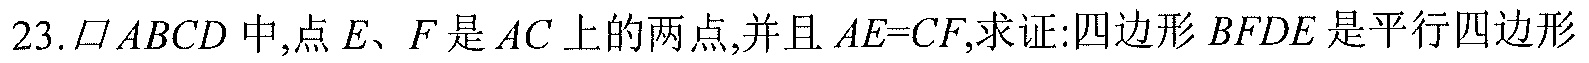
23.\(\square ABCD\)中,点\(E\)、\(F\)是\(AC\)上的两点,并且\(AE = CF\),求证:四边形\(BFDE\)是平行四边形